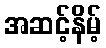
အဆင့်နိမ့်